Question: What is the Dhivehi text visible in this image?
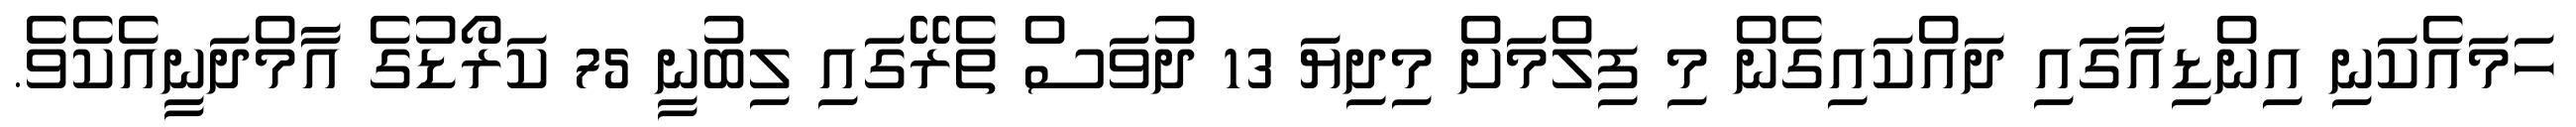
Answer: ހަމައެކަނި އިންޑިއާގައި ދައްކައިގެން މި ފިލްމަށް މިދިޔަ 13 ދުވަސް ތެރޭގައި ލިބުނީ 75 ކަރޯޑުގެ އާމްދަނީއެކެވެ.